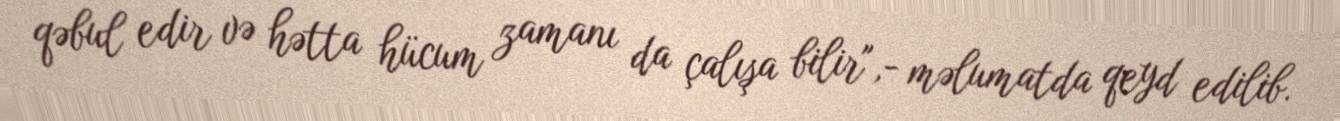
qəbul edir və hətta hücum zamanı da çalışa bilir",- məlumatda qeyd edilib.